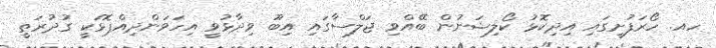
ހއ. ހޯރަފުށީގައި އިދިކޮޅު ކޯލިޝަނުން ބޭއްވި ޖަލްސާގައި އިބޫ ވިދާޅުވީ އިހަވަންދިއްޕޮޅަކީ ގުދުރަތީ